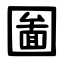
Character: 圗